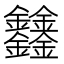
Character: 𨰻